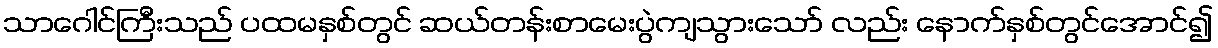
သာဂေါင်ကြီးသည် ပထမနှစ်တွင် ဆယ်တန်းစာမေးပွဲကျသွားသော် လည်း နောက်နှစ်တွင်အောင်၍